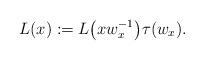
LaTeX: \begin{gather*}L(x) :=L\big( xw_{x}^{-1}\big) \tau(w_{x}) .\end{gather*}